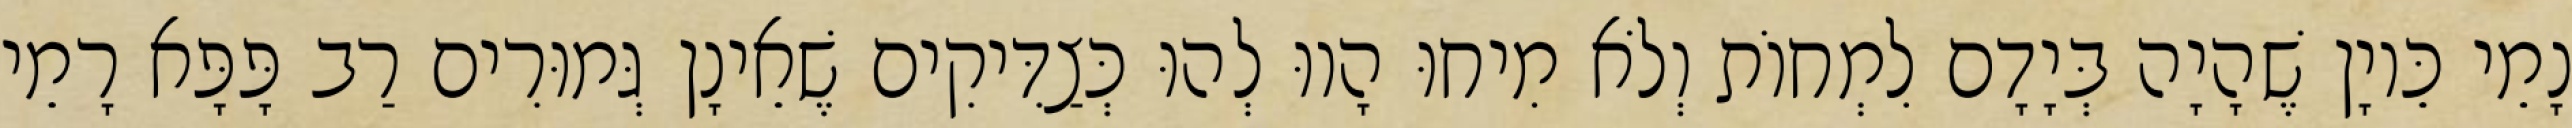
נָמֵי כֵּיוָן שֶׁהָיָה בְּיָדָם לִמְחוֹת וְלֹא מִיחוּ הָווּ לְהוּ כְּצַדִּיקִים שֶׁאֵינָן גְּמוּרִים רַב פָּפָּא רָמֵי